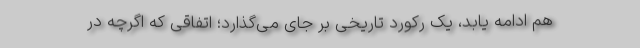
هم ادامه یابد، یک رکورد تاریخی بر جای می‌گذارد؛ اتفاقی که اگرچه در